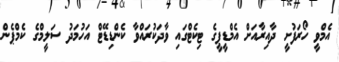
އެމްވީ ހޯރަފުށީ ދާއިރާއަށް އެމްޑީޕީގެ ޓިކެޓްގައި ވާދަކުރައްވާ ކެންޑިޑޭޓް އަހުމަދު ސަލީމްގެ ކެމްޕެން